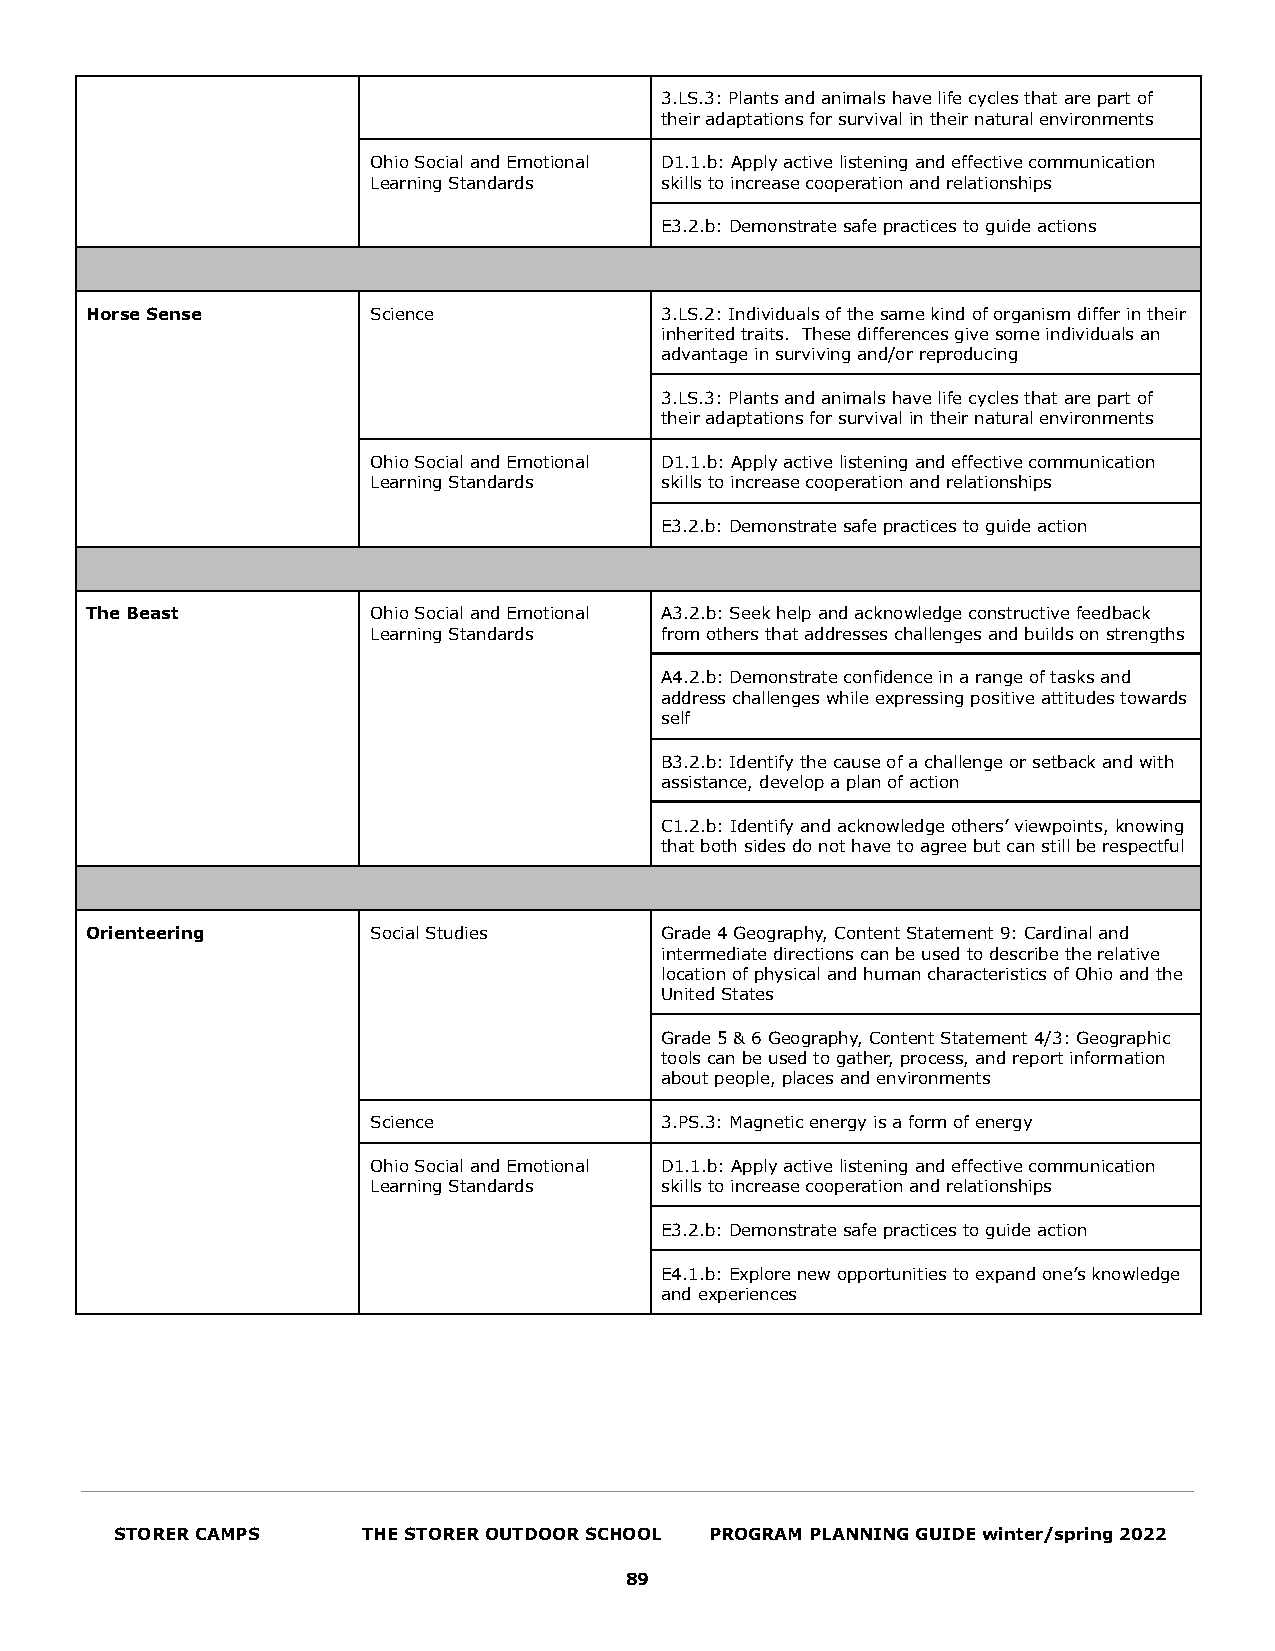
3.LS.3: Plants and animals have life cycles that are part of
 their adaptations for survival in their natural environments
 Ohio Social and Emotional D1.1.b: Apply active listening and effective communication
 Learning Standards skills to increase cooperation and relationships
 E3.2.b: Demonstrate safe practices to guide actions
 Horse Sense        Science            3.LS.2: Individuals of the same kind of organism differ in their
 inherited traits. These differences give some individuals an
 advantage in surviving and/or reproducing
 3.LS.3: Plants and animals have life cycles that are part of
 their adaptations for survival in their natural environments
 Ohio Social and Emotional D1.1.b: Apply active listening and effective communication
 Learning Standards skills to increase cooperation and relationships
 E3.2.b: Demonstrate safe practices to guide action
 The Beast          Ohio Social and Emotional A3.2.b: Seek help and acknowledge constructive feedback
 Learning Standards from others that addresses challenges and builds on strengths
 A4.2.b: Demonstrate confidence in a range of tasks and
 address challenges while expressing positive attitudes towards
 self
 B3.2.b: Identify the cause of a challenge or setback and with
 assistance, develop a plan of action
 C1.2.b: Identify and acknowledge others’ viewpoints, knowing
 that both sides do not have to agree but can still be respectful
 Orienteering       Social Studies     Grade 4 Geography, Content Statement 9: Cardinal and
 intermediate directions can be used to describe the relative
 location of physical and human characteristics of Ohio and the
 United States
 Grade 5 & 6 Geography, Content Statement 4/3: Geographic
 tools can be used to gather, process, and report information
 about people, places and environments
 Science            3.PS.3: Magnetic energy is a form of energy
 Ohio Social and Emotional D1.1.b: Apply active listening and effective communication
 Learning Standards skills to increase cooperation and relationships
 E3.2.b: Demonstrate safe practices to guide action
 E4.1.b: Explore new opportunities to expand one’s knowledge
 and experiences
 STORER CAMPS    THE STORER OUTDOOR SCHOOL PROGRAM PLANNING GUIDE winter/spring 2022
 89